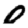
Digit: 0